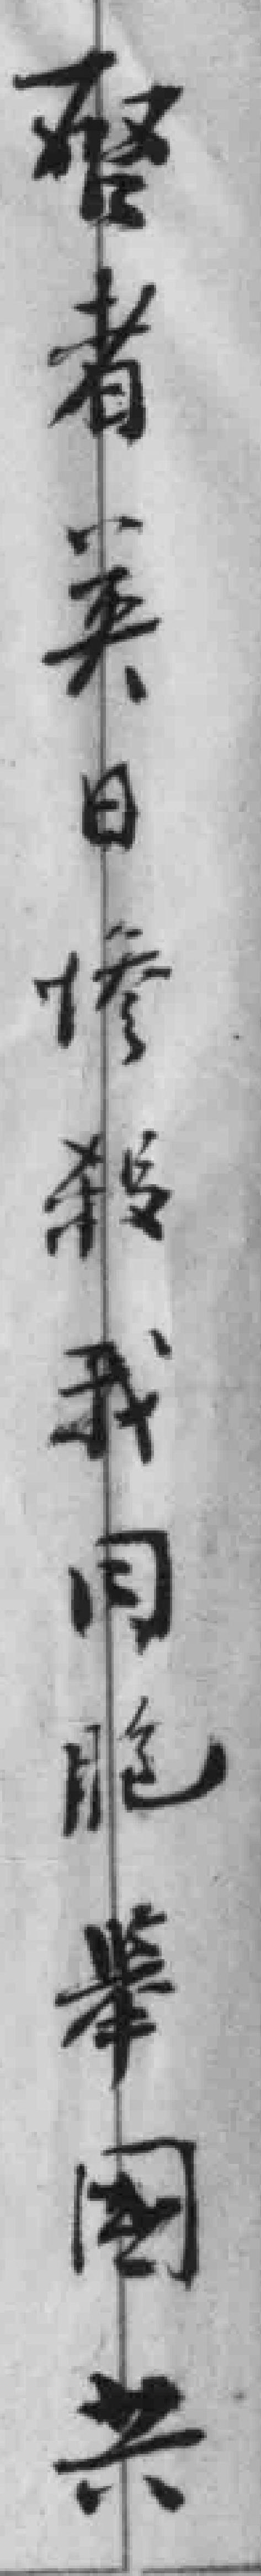
唘者英日惨殺我同胞举国共